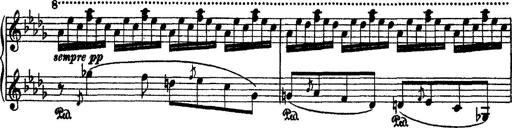
Title: 2 KonzertetÃ¼den
Composer: Franz Liszt